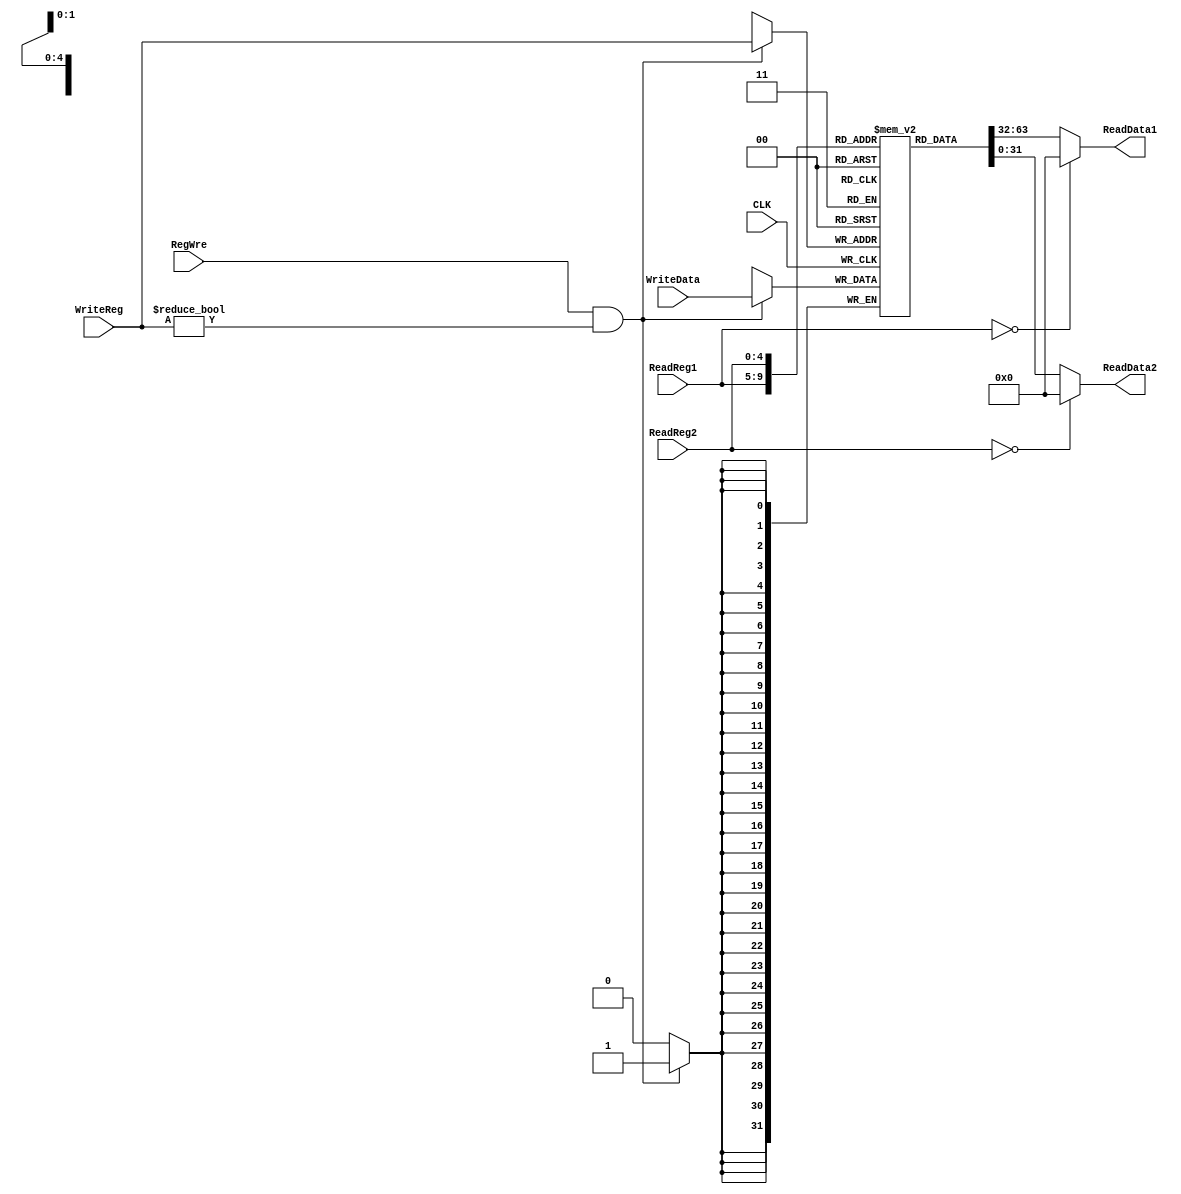
`timescale 1ns / 1ps
//////////////////////////////////////////////////////////////////////////////////
// Company: 
// Engineer: 
// 
// Design Name: 
// Module Name: RegFile
// Project Name: 
// Target Devices: 
// Tool Versions: 
// Description: 
// 
// Dependencies: 
// 
// Revision:
// Revision 0.01 - File Created
// Additional Comments:
// 
//////////////////////////////////////////////////////////////////////////////////


module RegFile(
    input CLK,
    input RegWre,
    input [4:0] ReadReg1,
    input [4:0] ReadReg2,
    input [4:0] WriteReg,
    input [31:0] WriteData,
    output [31:0] ReadData1,
    output [31:0] ReadData2
    );
    
    reg [31:0] regFile[1:31];
    assign ReadData1 = (ReadReg1 == 0) ? 0 : regFile[ReadReg1];
    assign ReadData2 = (ReadReg2 == 0) ? 0 : regFile[ReadReg2];
    
    always@(negedge CLK) 
    begin
        if(RegWre==1 && WriteReg != 0)
            regFile[WriteReg]<=WriteData;
    end
endmodule